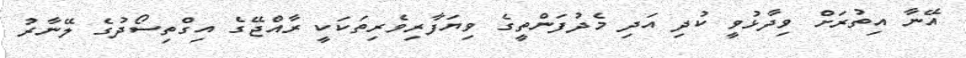
އޭނާ އިތުރަށް ވިދާޅުވީ ކުދި އަދި މެދުފަންތީގެ ވިޔަފާރިވެރިތަކަކީ ރާއްޖޭގެ އިގްތިސޯދުގެ ލޭނާރު